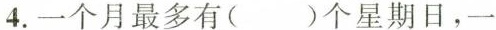
4.一个月最多有()个星期日，一